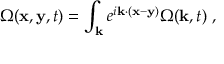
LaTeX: \Omega ( { \bf x } , { \bf y } , t ) = \int _ { { \bf k } } e ^ { i { \bf k } \cdot ( { \bf x } - { \bf y } ) } \Omega ( { \bf k } , t ) \; ,